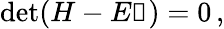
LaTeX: \mathrm{det}(H-E\mathbb{1})=0\, ,